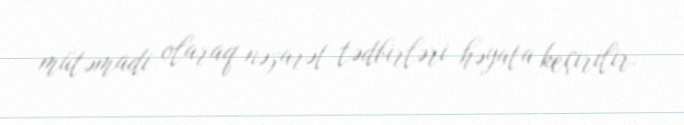
mütəmadi olaraq nəzarət tədbirləri həyata keçirilir.